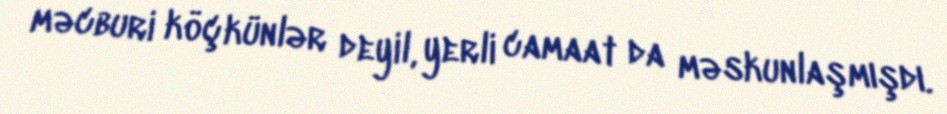
məcburi köçkünlər deyil, yerli camaat da məskunlaşmışdı.